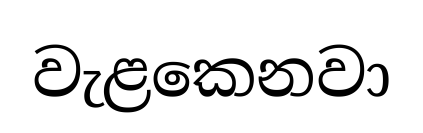
වැළකෙනවා